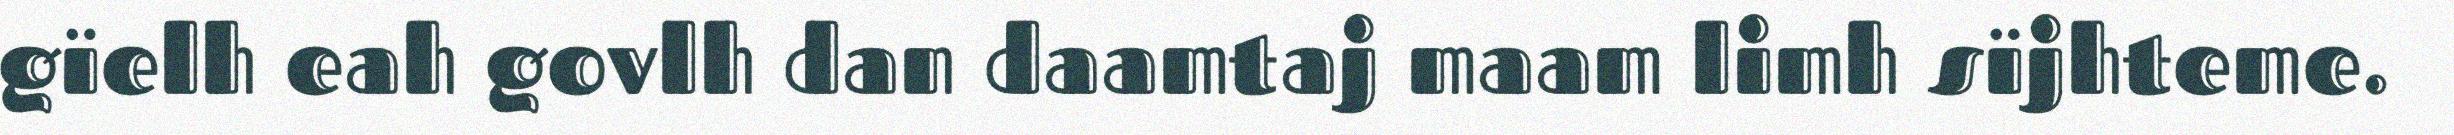
gïelh eah govlh dan daamtaj maam limh sïjhteme.